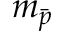
m _ { \bar { p } }